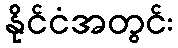
နိုင်ငံအတွင်း